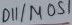
Text: D11/MOSI